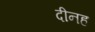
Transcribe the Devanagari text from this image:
दीनह